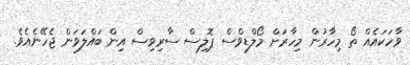
ވާހަކައެއް ތޯ މިހާރުން މިހާރަށް މޯލްޑިވްސް ޕޮލިސް ސާރިވިސް އިން ބައްލަވަން ޖެހޭނެއެވެ.